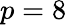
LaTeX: p=8